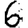
Digit: 6